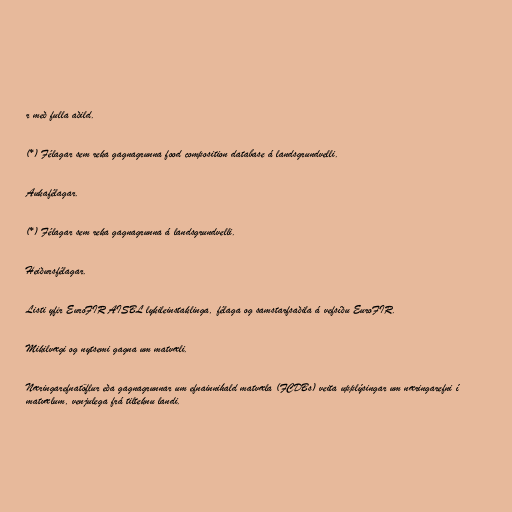
r með fulla aðild.

(*) Félagar sem reka gagnagrunna food composition database á landsgrundvelli.

Aukafélagar.

(*) Félagar sem reka gagnagrunna á landsgrundvelli.

Heiðursfélagar.

Listi yfir EuroFIR AISBL lykileinstaklinga, félaga og samstarfsaðila á vefsíðu EuroFIR.

Mikilvægi og nytsemi gagna um matvæli.

Næringarefnatöflur eða gagnagrunnar um efnainnihald matvæla (FCDBs) veita upplýsingar um næringarefni í
matvælum, venjulega frá tilteknu landi.